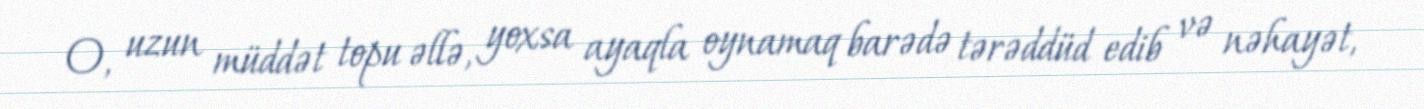
O, uzun müddət topu əllə, yoxsa ayaqla oynamaq barədə tərəddüd edib və nəhayət,